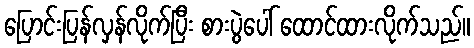
ပြောင်းပြန်လှန်လိုက်ပြီး စားပွဲပေါ် ထောင်ထားလိုက်သည်။